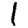
Digit: 1